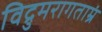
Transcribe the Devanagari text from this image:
विद्रुमरागताम्रं